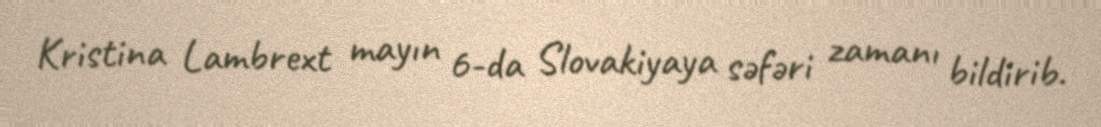
Kristina Lambrext mayın 6-da Slovakiyaya səfəri zamanı bildirib.